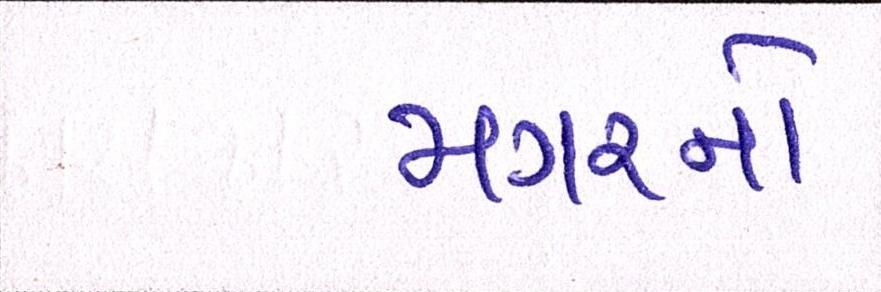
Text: મગરનો